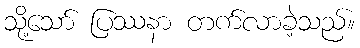
သို့သော် ပြဿနာ တက်လာခဲ့သည်။